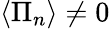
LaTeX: \left\langle\Pi_{n}\right\rangle\ne 0